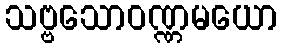
သဗ္ဗသောဝဏ္ဏမယော